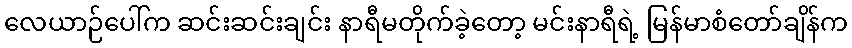
လေယာဉ်ပေါ်က ဆင်းဆင်းချင်း နာရီမတိုက်ခဲ့တော့ မင်းနာရီရဲ့ မြန်မာစံတော်ချိန်က